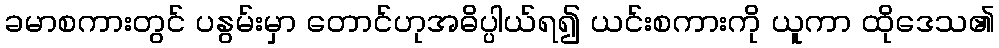
ခမာစကားတွင် ပနွမ်းမှာ တောင်ဟုအဓိပ္ပါယ်ရ၍ ယင်းစကားကို ယူကာ ထိုဒေသ၏